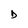
Character: D